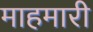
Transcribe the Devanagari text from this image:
माहमारी